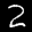
Label: 2